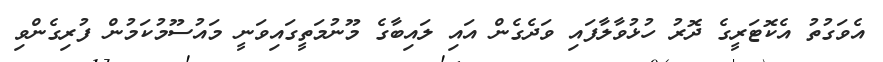
އެވަގުތު އެކޮޓަރީގެ ދޮރު ހުޅުވާލާފައި ވަދެގެން އައި ލައިބާގެ މޫނުމަތީގައިވަނީ މައުސޫމުކަމުން ފުރިގެންވި